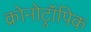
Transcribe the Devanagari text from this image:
क्रोनोट्रॉपिक